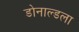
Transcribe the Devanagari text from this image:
डोनाल्डला